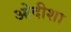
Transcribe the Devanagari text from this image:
ओदीशा